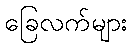
ခြေလက်များ